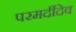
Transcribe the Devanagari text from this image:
परमर्दीदेव